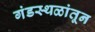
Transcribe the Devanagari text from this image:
गंडस्थळांतून